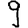
Digit: 9